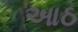
આઠ